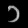
Digit: ၁